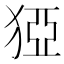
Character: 𰡓